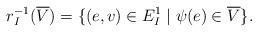
LaTeX: \begin{align*} r_I^{-1}(\overline{V}) = \{ (e,v) \in E^1_I \mid \psi(e) \in \overline{V} \}.\end{align*}